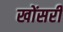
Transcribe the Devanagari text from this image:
खोंसरी